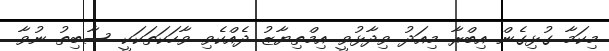
މިކަމާ ގުޅިގެން އިބްރާ މިއަދު ވިދާޅުވީ އިމްތިޔާޒު ދެއްކެވި ވާހަކަތަކަކީ ސާބިތު ނުވާ